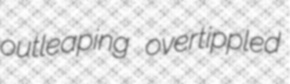
outleaping overtippled